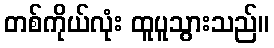
တစ်ကိုယ်လုံး ထူပူသွားသည်။